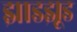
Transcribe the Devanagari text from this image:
झाडझूड